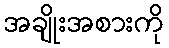
အချိုးအစားကို